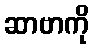
ဆာဗာကို